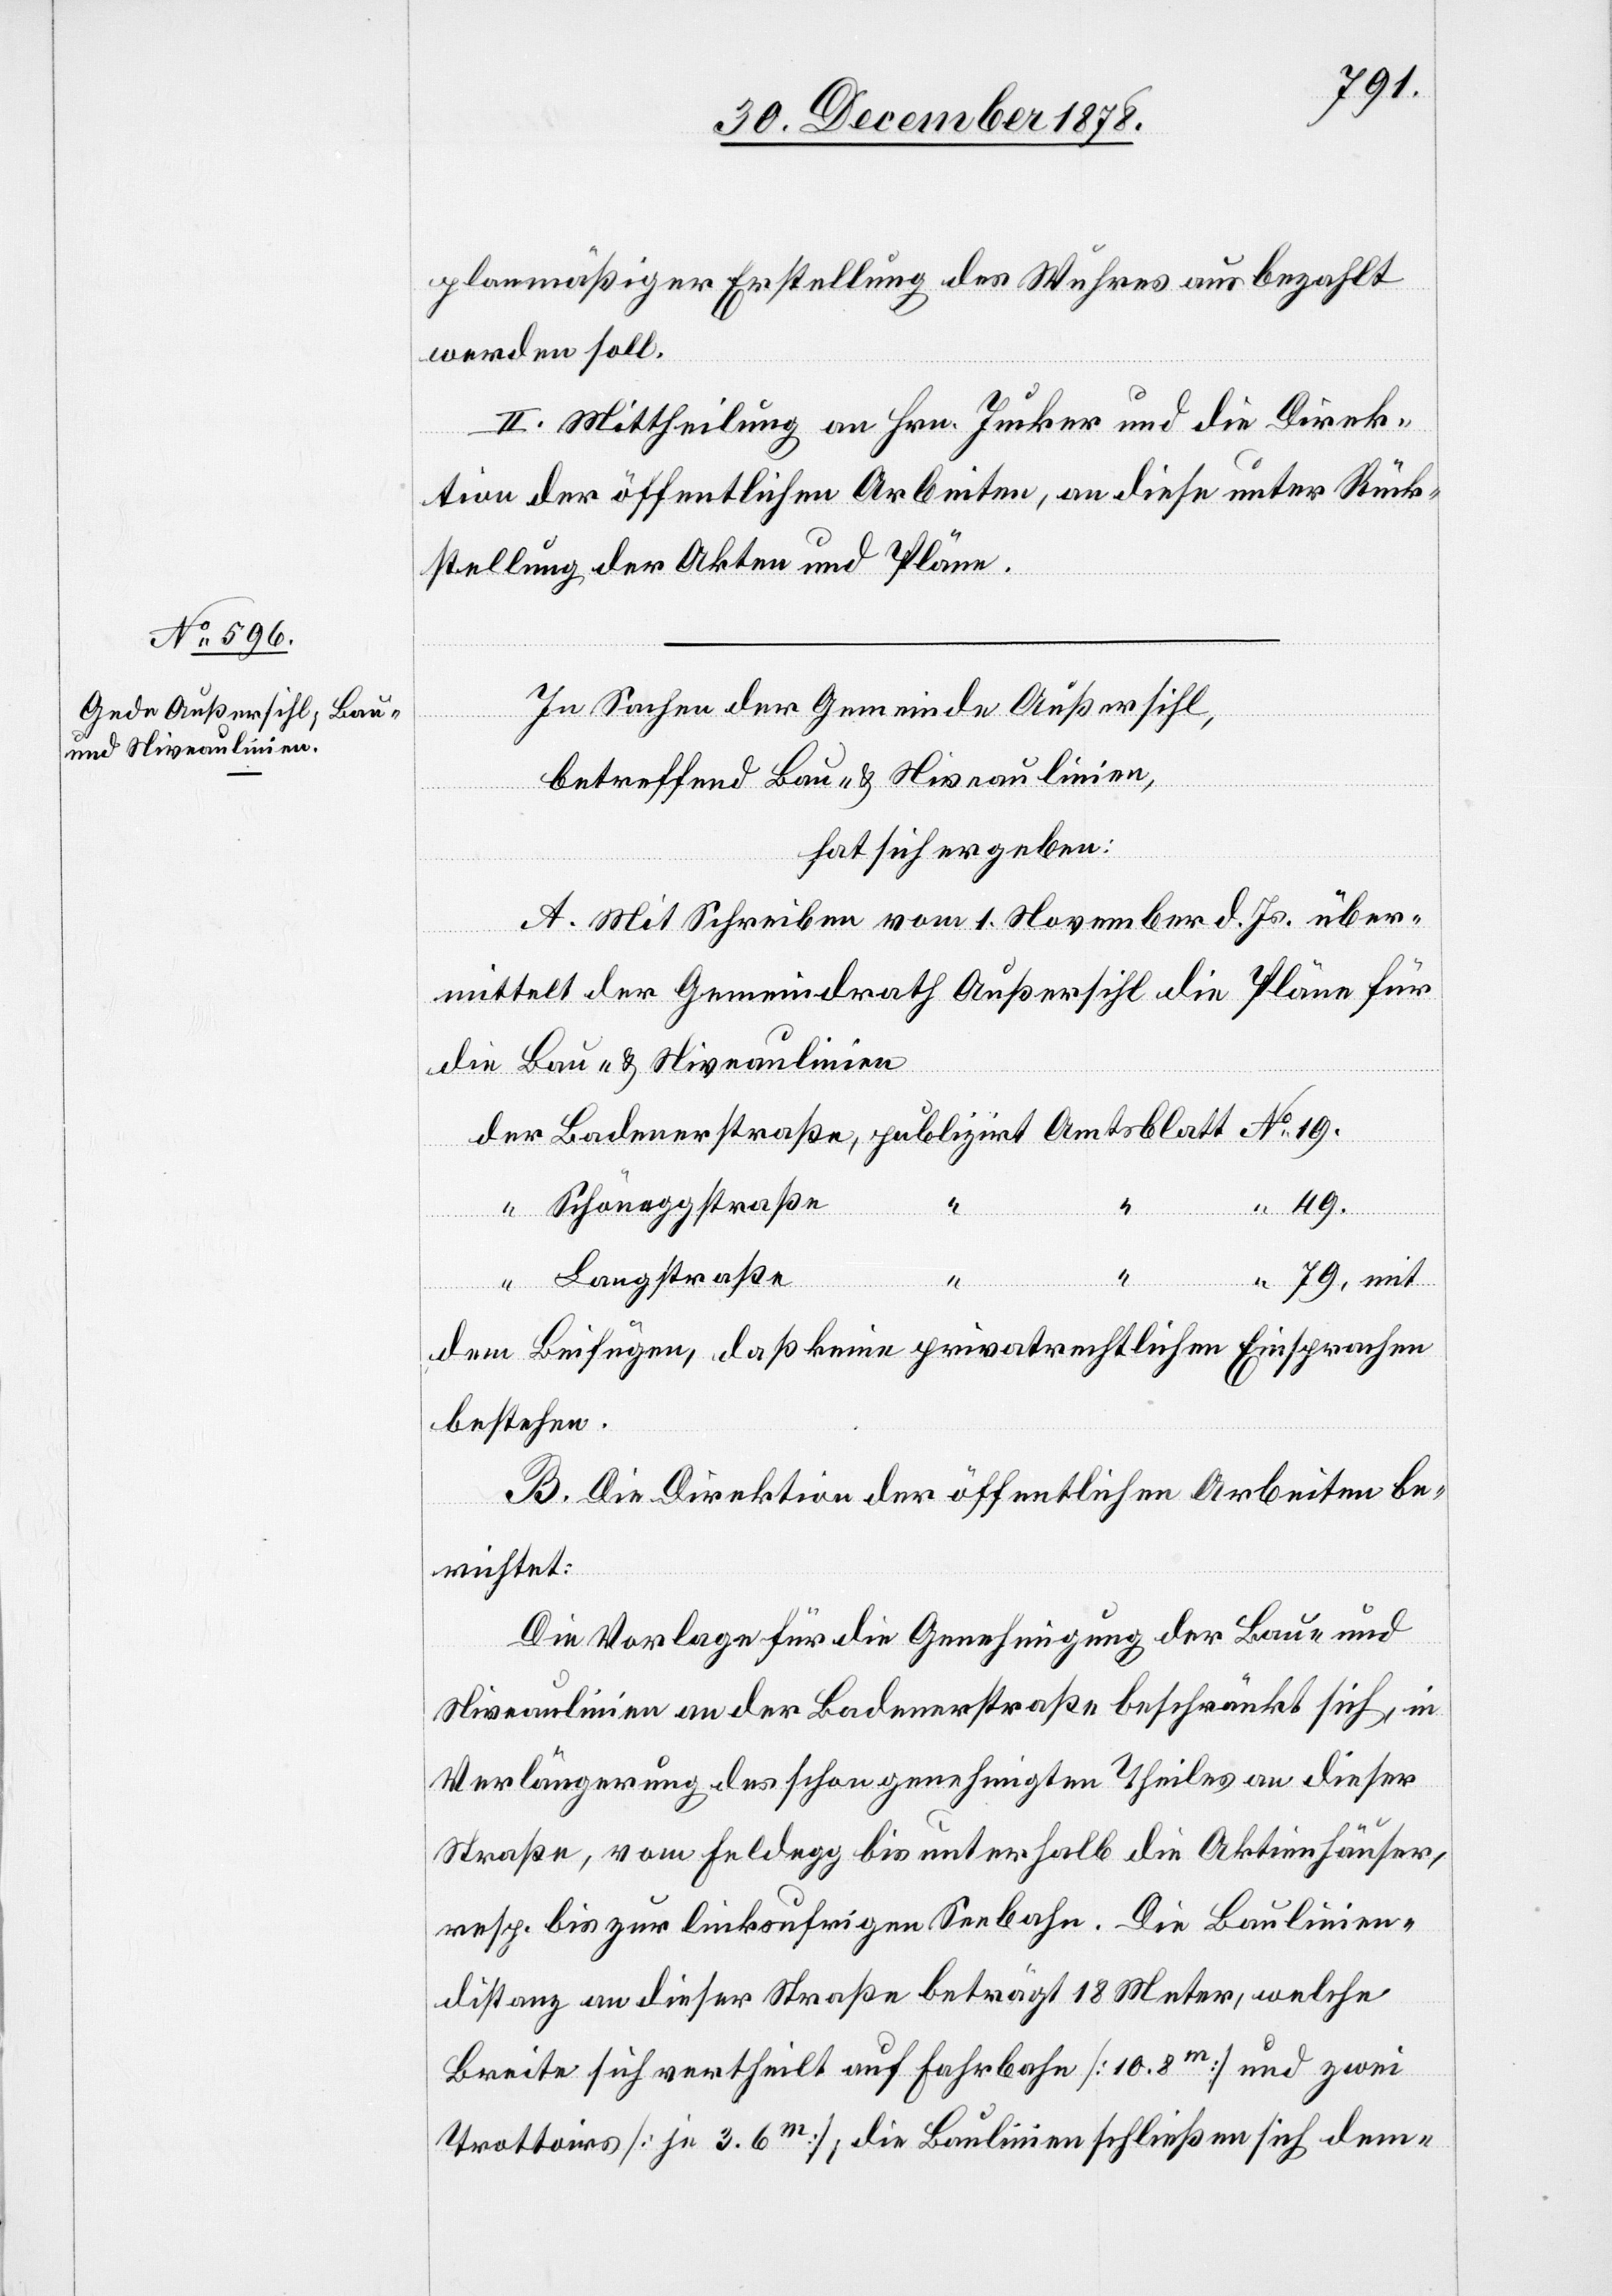
planmäßiger Erstellung des Wuhres ausbezahlt
werden soll.
II. Mittheilung an Hrn. Jucker und die Direk¬
tion der öffentlichen Arbeiten, an diese unter Rück¬
stellung der Akten und Pläne.
In Sachen der Gemeinde Außersihl,
betreffend Bau- & Niveaulinien,
hat sich ergeben:
A. Mit Schreiben vom 1. November d. Js. über¬
mittelt der Gemeindrath Außersihl die Pläne für
die Bau- & Niveaulinien
der Badenerstraße, publizirt Amtsblatt No 19.
“ Schöneggstraße
“
“ 49.
“
Langstraße
“ 79, mit
dem Beifügen, daß keine privatrechtlichen Einsprachen
bestehen.
B. Die Direktion der öffentlichen Arbeiten be¬
richtet:
Die Vorlage für die Genehmigung der Bau- und
Niveaulinien an der Badenerstraße beschränkt sich, in
Verlängerung des schon genehmigten Theiles an dieser
Straße, vom Feldegg bis unterhalb die Aktienhäuser,
resp. bis zur linksufrigen Seebahn. Die Baulinien¬
distanz an dieser Straße beträgt 18 Meter, welche
Breite sich vertheilt auf Fahrbahn [10.8m] und zwei
Trottoirs [je 3.6m], die Baulinien schließen sich dem-